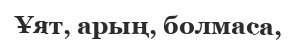
Ұят, арың, болмаса,